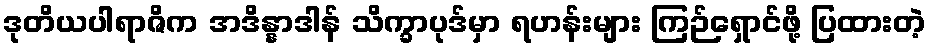
ဒုတိယပါရာဇိက အဒိန္နာဒါန် သိက္ခာပုဒ်မှာ ရဟန်းများ ကြဉ်ရှောင်ဖို့ ပြထားတဲ့